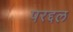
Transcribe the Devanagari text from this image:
परद्दल